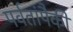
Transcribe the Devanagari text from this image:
पर्वतांपैकी